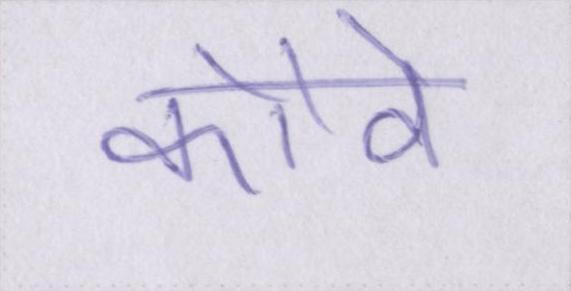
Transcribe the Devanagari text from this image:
कौवे